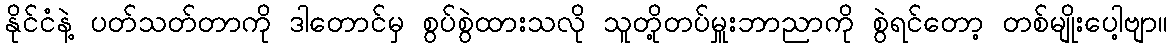
နိုင်ငံနဲ့ ပတ်သတ်တာကို ဒါတောင်မှ စွပ်စွဲထားသလို သူတို့တပ်မှူးဘာညာကို စွဲရင်တော့ တစ်မျိုးပေါ့ဗျာ။